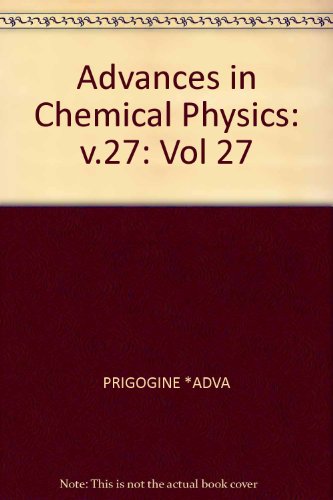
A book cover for Aspects of the Study of Surfaces. Advances in Chemical Physics, Vol. XXVII (Vol 27); PRIGOGINE; Science & Math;